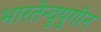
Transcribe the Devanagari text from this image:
भारतेन्दुयुगीन